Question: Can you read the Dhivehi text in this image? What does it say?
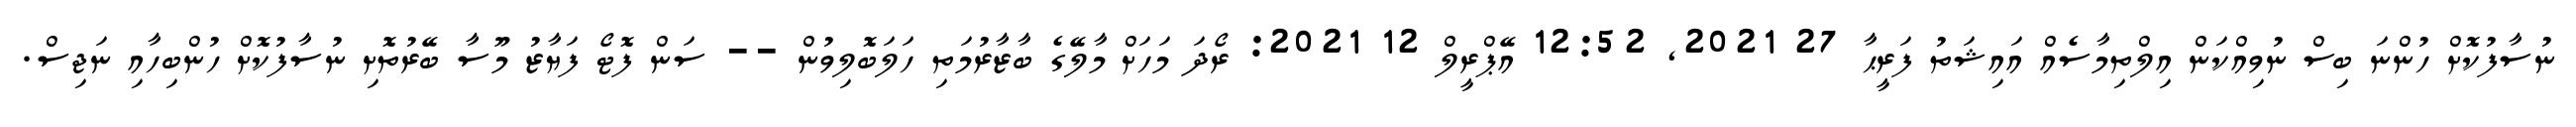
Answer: ނުސާފުކޮށް ހުންނަ ބިސް ނުވިއްކަން އިލްތިމާސެއް އައިޝަތު ފަރީޙާ 27 2021, 12:52 އޭޕްރީލް 12 2021: ރޯދަ މަހަށް މާލޭގެ ބާޒާރުމަތި ހަލަބޮލިވުން -- ސަން ފޮޓޯ ފަޔާޒު މޫސާ ބޭރުތޮށި ނުސާފުކޮށް ހުންބިހާއި ނަޖިސް.